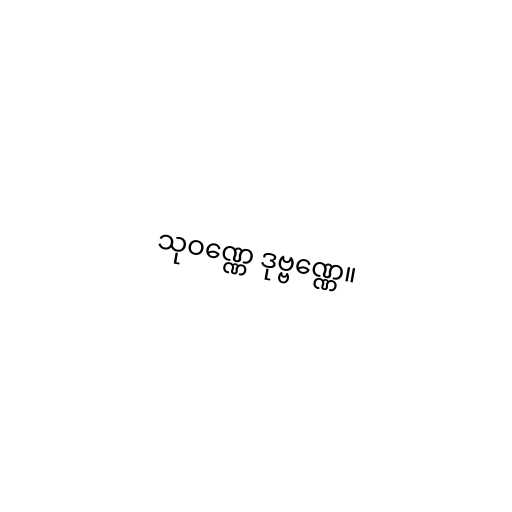
သုဝဏ္ဏေ ဒုဗ္ဗဏ္ဏေ။